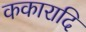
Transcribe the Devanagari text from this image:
ककारादि